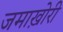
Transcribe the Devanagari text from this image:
जमाख़ोरी